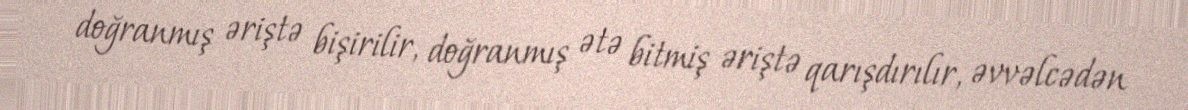
doğranmış əriştə bişirilir, doğranmış ətə bitmiş əriştə qarışdırılır, əvvəlcədən